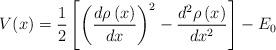
LaTeX: \begin{align*}V(x)=\frac 12\left[ \left( \frac{d\rho \left( x\right) }{dx}\right) ^2-\frac{d^2\rho \left( x\right) }{dx^2}\right] -E_0\end{align*}